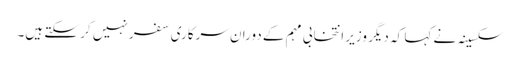
سکسینہ نے کہا کہ دیگر وزیر انتخابی مہم کے دوران سرکاری سفر نہیں کر سکتے ہیں۔